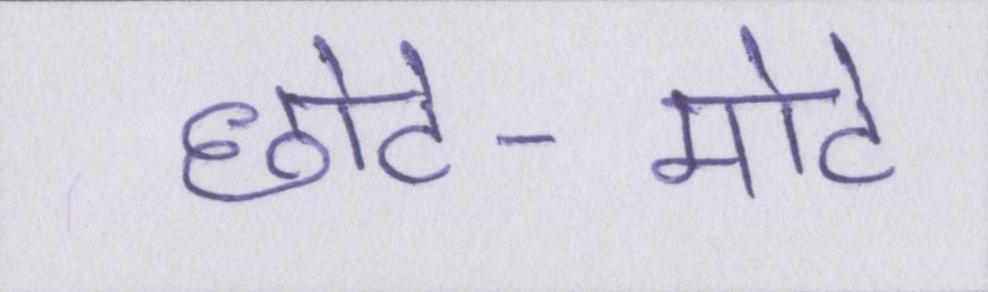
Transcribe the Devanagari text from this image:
छोटे-मोटे